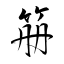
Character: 笧